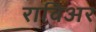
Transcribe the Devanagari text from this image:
राविअर